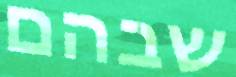
שבהם